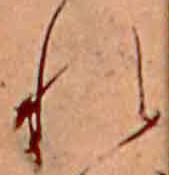
れ